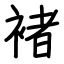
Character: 褚